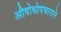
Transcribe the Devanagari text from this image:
औषोधोपचाराने